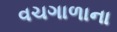
વચગાળાના